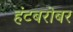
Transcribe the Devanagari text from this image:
हंटबरोबर